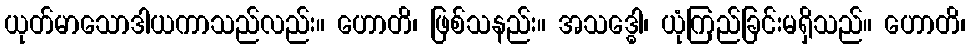
ယုတ်မာသောဒါယကာသည်လည်း။ ဟောတိ၊ ဖြစ်သနည်း။ အသဒ္ဓေါ၊ ယုံကြည်ခြင်းမရှိသည်။ ဟောတိ၊